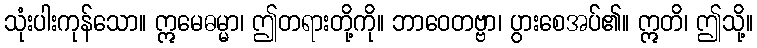
သုံးပါးကုန်သော။ ဣမေဓမ္မာ၊ ဤတရားတို့ကို။ ဘာဝေတဗ္ဗာ၊ ပွားစေအပ်၏။ ဣတိ၊ ဤသို့။